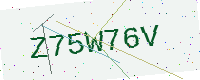
Text: Z75W76V